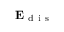
\mathbf { E } _ { \mathrm { ~ d ~ i ~ s ~ } }